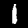
Digit: 1